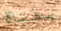
بفتاة